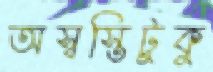
অস্বস্তিটুকু